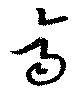
斉